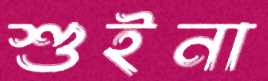
শুইনা